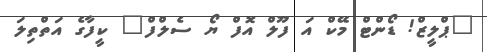
"ޕްލީޒް! ޑޯންޓް މޭކް އަ ފޫލް އޮފް ޔޯ ސެލްފް" ކީފާގެ އަތްތިލަ